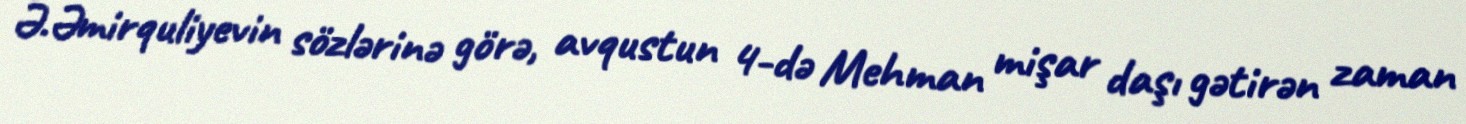
Ə.Əmirquliyevin sözlərinə görə, avqustun 4-də Mehman mişar daşı gətirən zaman